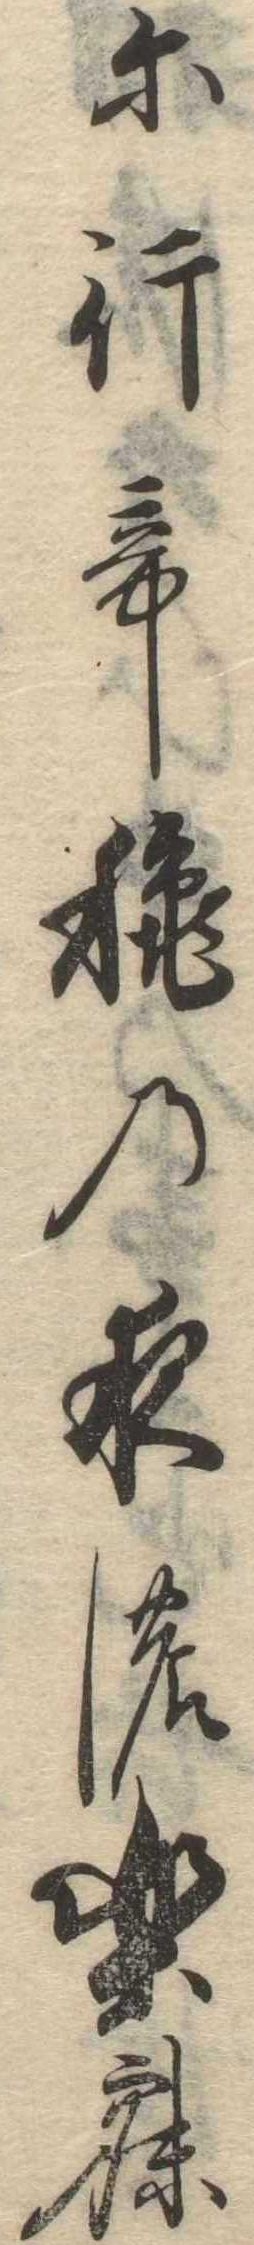
に行て秋の夜の楽寐